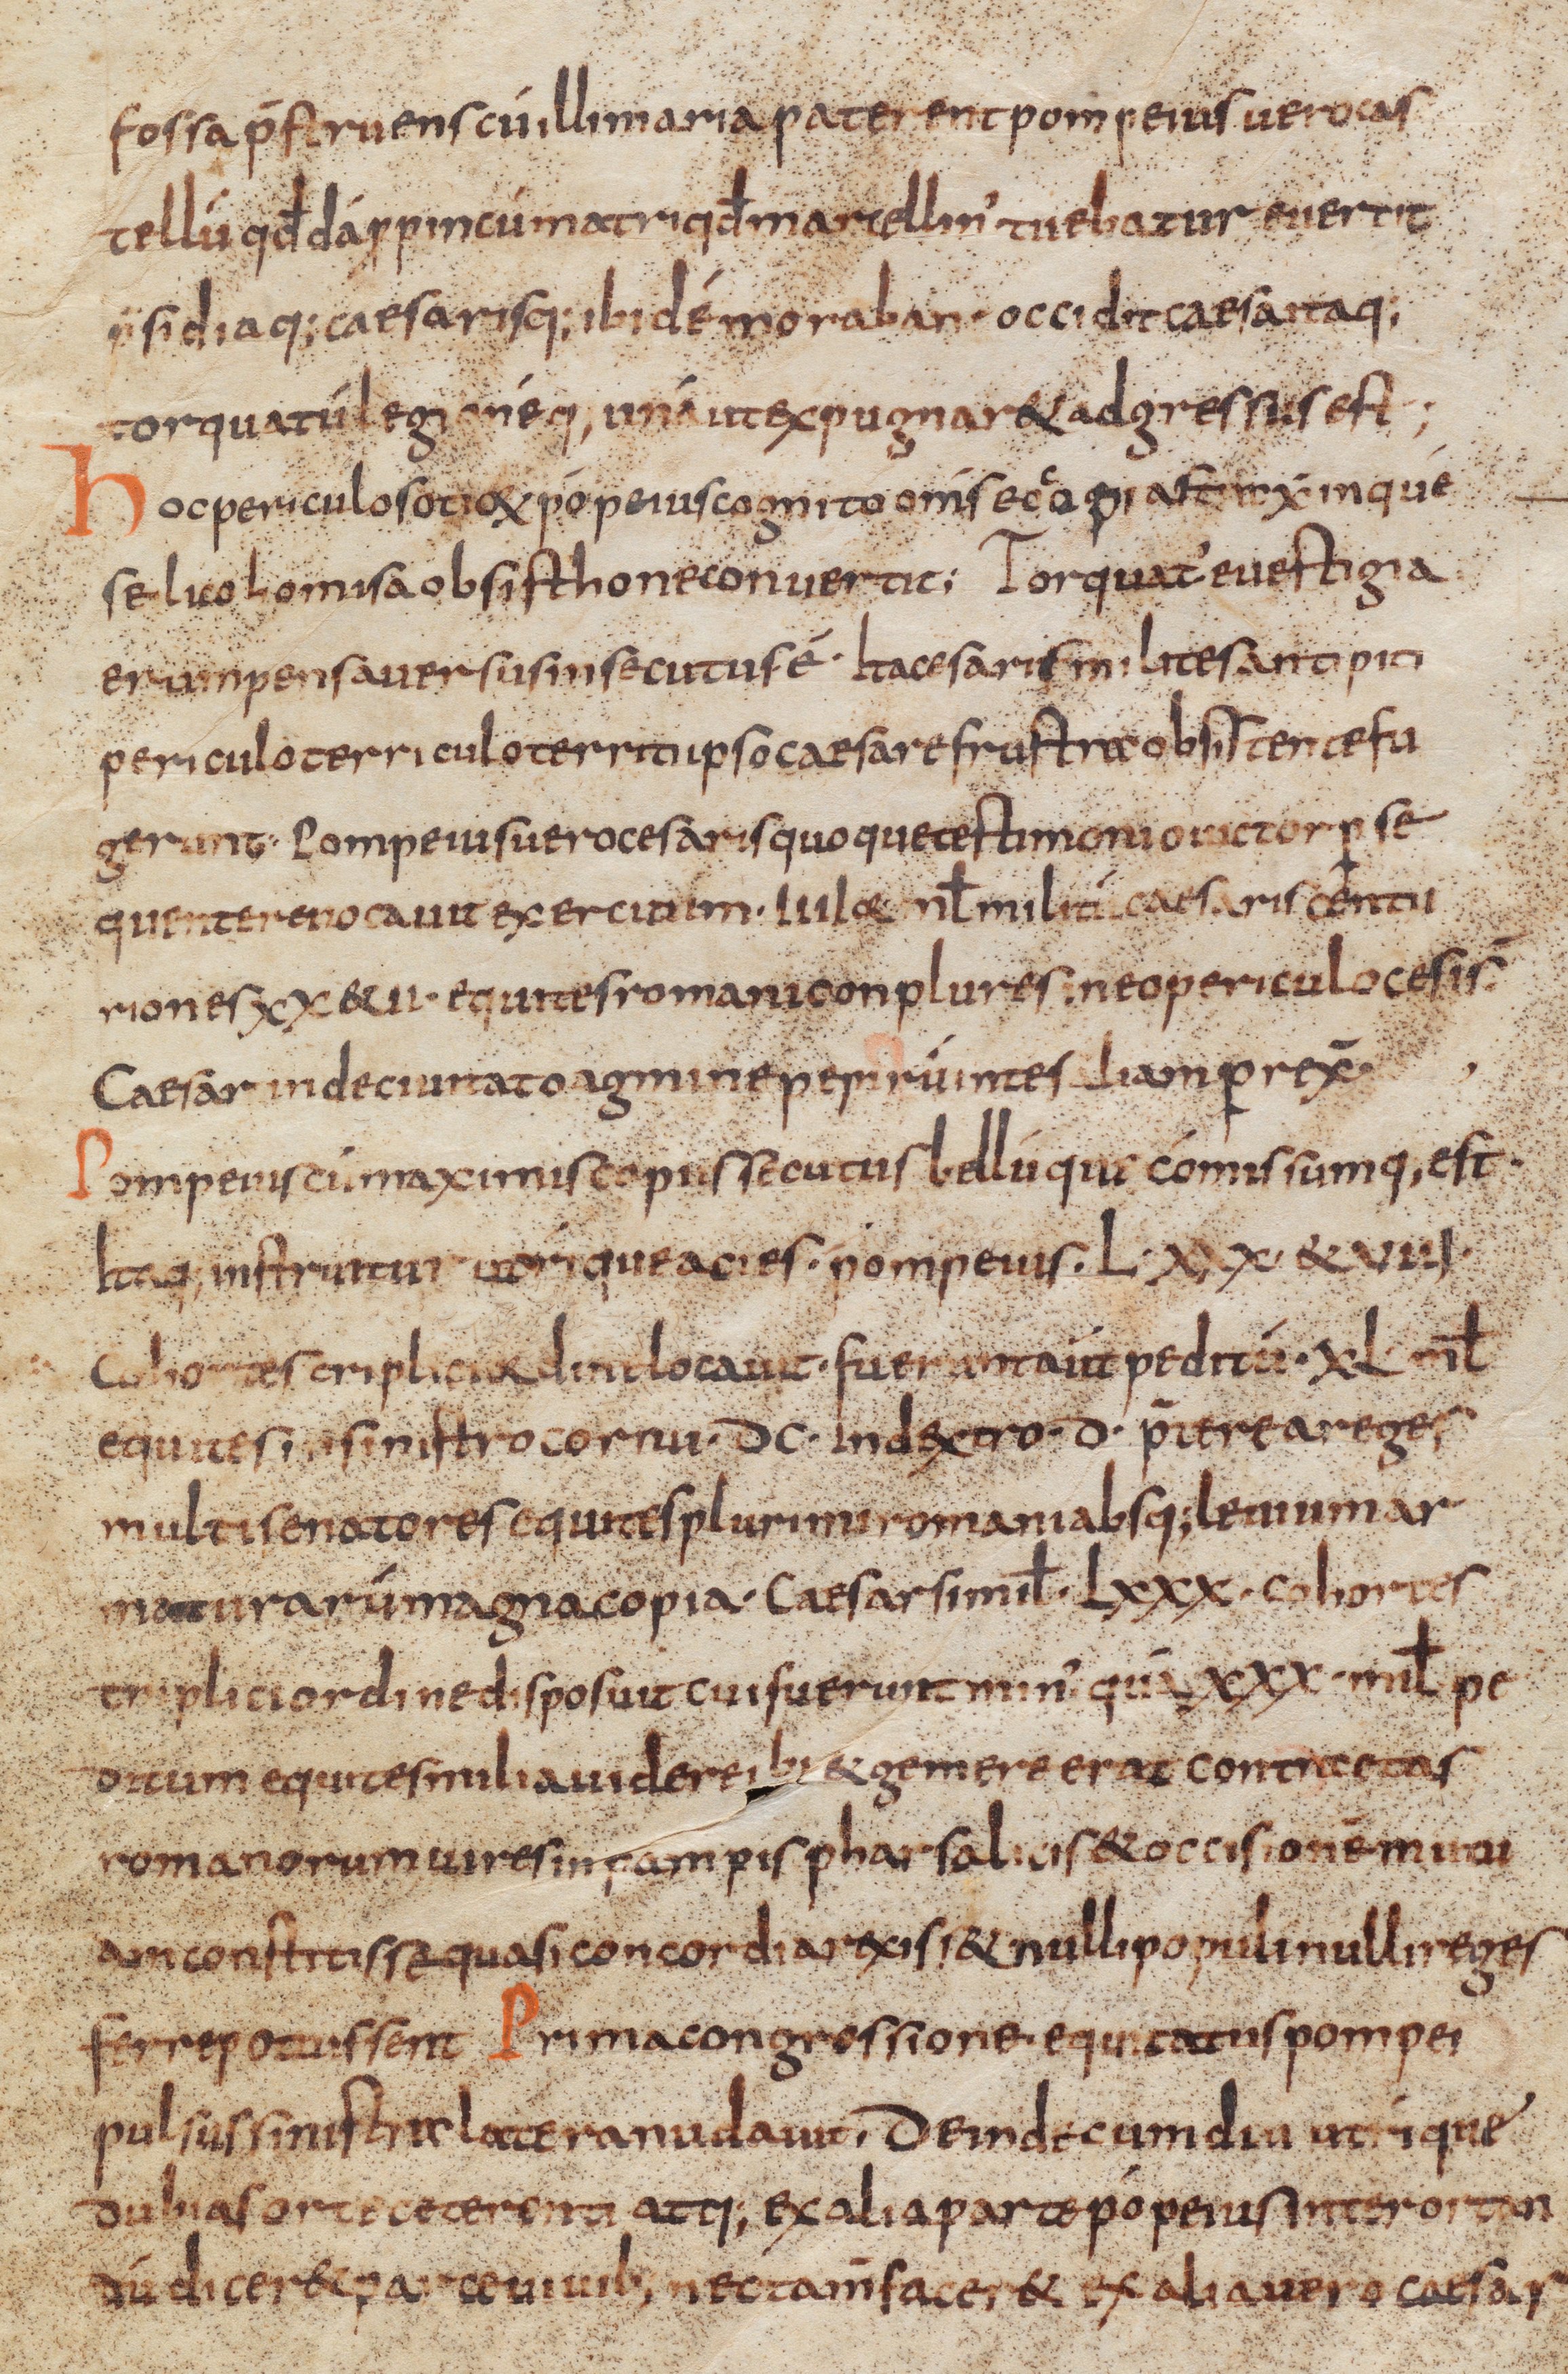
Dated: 885–899